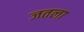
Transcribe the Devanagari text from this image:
जतला